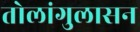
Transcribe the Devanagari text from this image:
तोलांगुलासन